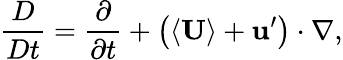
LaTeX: \frac{D}{Dt}=\frac{\partial}{\partial t}+\left(\langle\mathbf{U}\rangle+\mathbf{u}^{\prime}\right)\cdot\nabla,